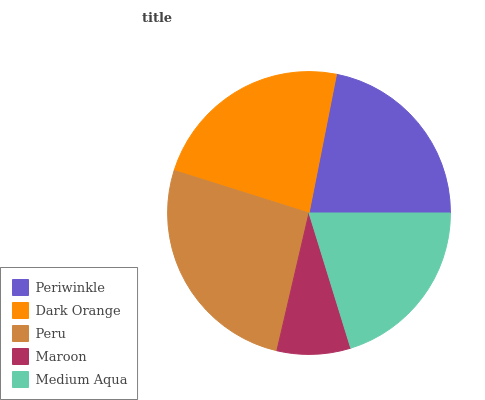
| Periwinkle | Dark Orange | Peru | Maroon | Medium Aqua |
 | --- | --- | --- | --- | --- |
 | 21.9% | 23.2% | 26.2% | 8.4% | 20.2% |